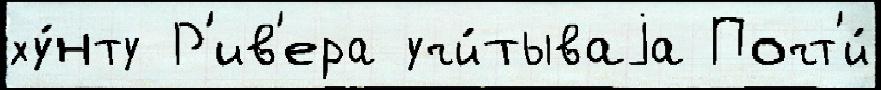
ху́нту Р'ив'ера учи́тываjа Почт'и́